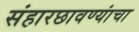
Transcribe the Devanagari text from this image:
संहारछावण्यांचा